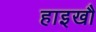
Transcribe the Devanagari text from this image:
हाइखौ